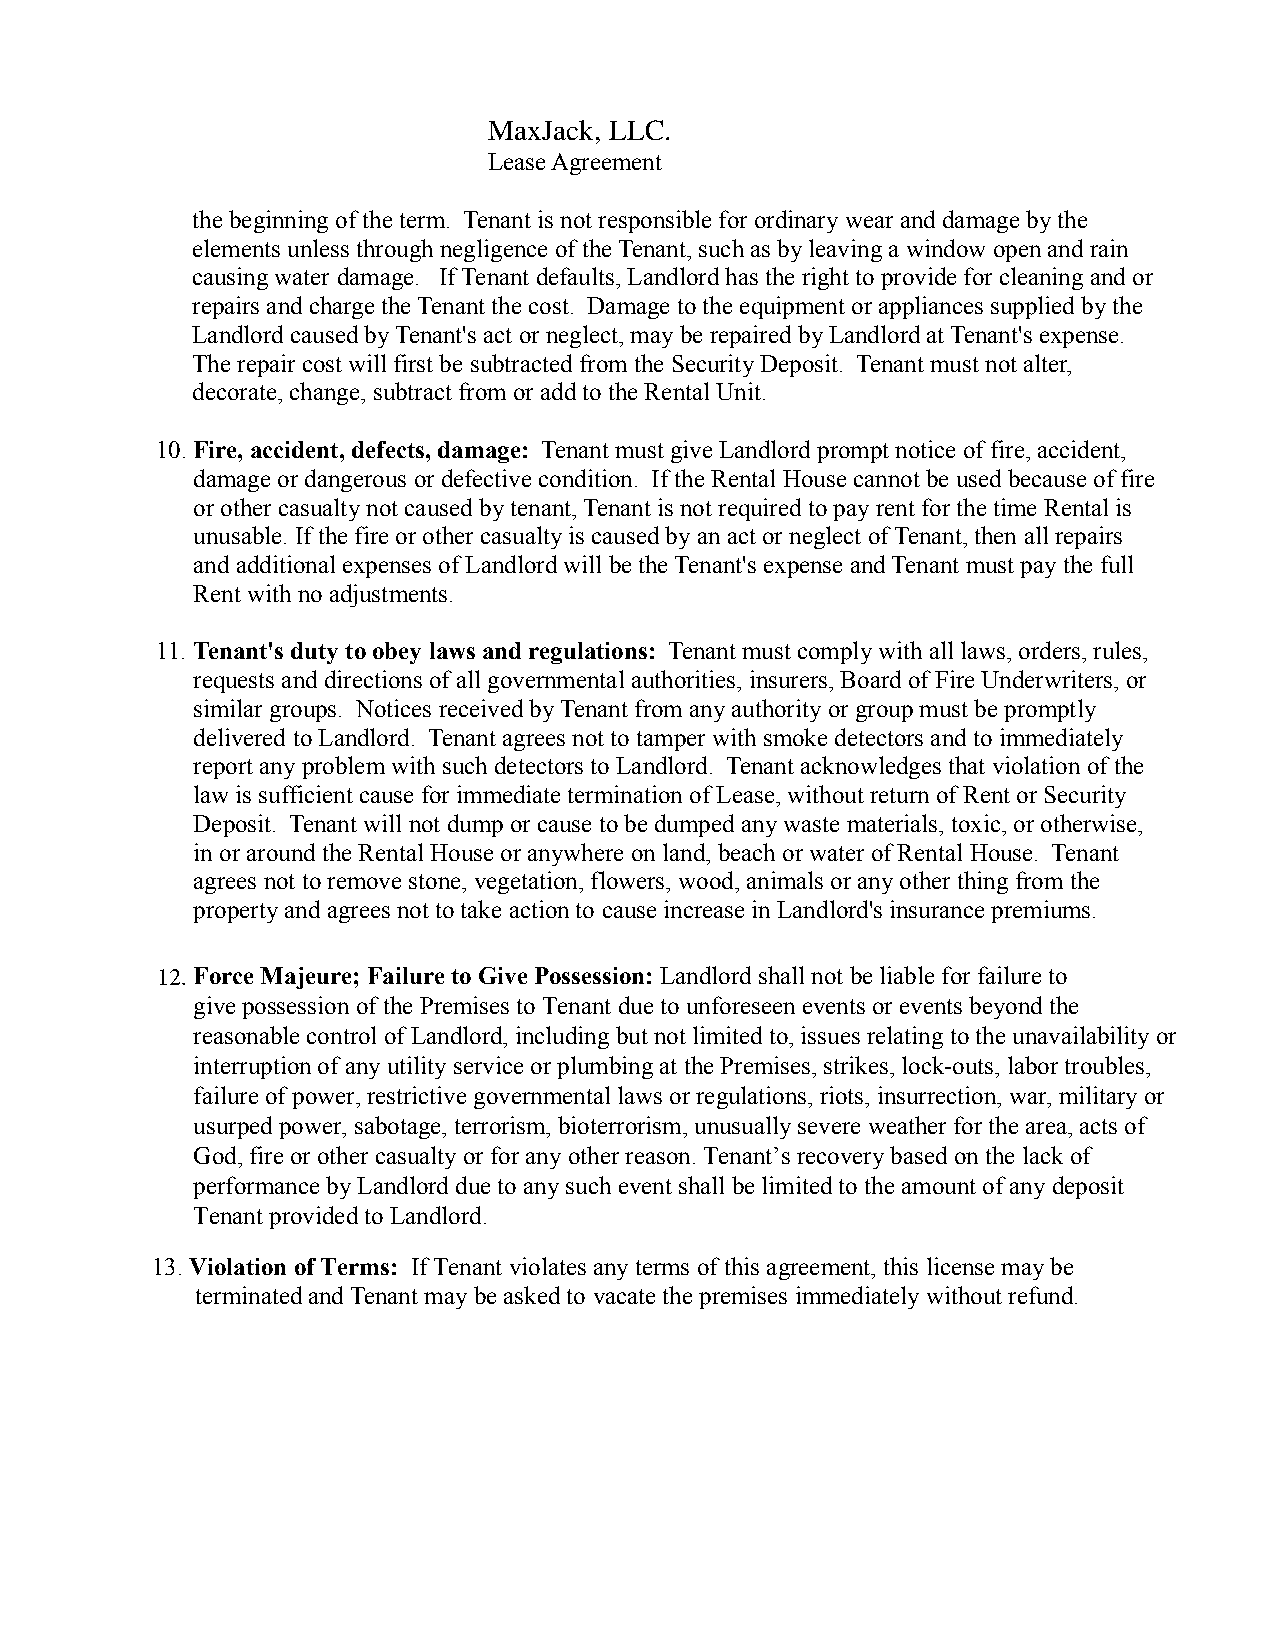
Do All Three, LLC
 Lease Agreement
 the beginning of the term. Tenant is not responsible for ordinary wear and damage by the
 elements unless through negligence of the Tenant, such as by leaving a window open and rain
 causing water damage. If Tenant defaults, Landlord has the right to provide for cleaning and or
 repairs and charge the Tenant the cost. Damage to the equipment or appliances supplied by the
 Landlord caused by Tenant's act or neglect, may be repaired by Landlord at Tenant's expense.
 The repair cost will first be subtracted from the Security Deposit. Tenant must not alter,
 decorate, change, subtract from or add to the Rental Unit.
 10.Fire, accident, defects, damage: Tenant must give Landlord prompt notice of fire, accident,
 damage or dangerous or defective condition. If the Rental House cannot be used because of fire
 or other casualty not caused by tenant, Tenant is not required to pay rent for the time Rental is
 unusable. If the fire or other casualty is caused by an act or neglect of Tenant, then all repairs
 and additional expenses of Landlord will be the Tenant's expense and Tenant must pay the full
 Rent with no adjustments.
 11. Tenant's duty to obey laws and regulations: Tenant must comply with all laws, orders, rules,
 requests and directions of all governmental authorities, insurers, Board of Fire Underwriters, or
 similar groups. Notices received by Tenant from any authority or group must be promptly
 delivered to Landlord. Tenant agrees not to tamper with smoke detectors and to immediately
 report any problem with such detectors to Landlord. Tenant acknowledges that violation of the
 law is sufficient cause for immediate termination of Lease, without return of Rent or Security
 Deposit. Tenant will not dump or cause to be dumped any waste materials, toxic, or otherwise,
 in or around the Rental House or anywhere on land, beach or water of Rental House. Tenant
 agrees not to remove stone, vegetation, flowers, wood, animals or any other thing from the
 property and agrees not to take action to cause increase in Landlord's insurance premiums.
 12. Force Majeure; Failure to Give Possession: Landlord shall not be liable for failure to
 give possession of the Premises to Tenant due to unforeseen events or events beyond the
 reasonable control of Landlord, including but not limited to, issues relating to the unavailability or
 interruption of any utility service or plumbing at the Premises, strikes, lock-outs, labor troubles,
 failure of power, restrictive governmental laws or regulations, riots, insurrection, war, military or
 usurped power, sabotage, terrorism, bioterrorism, unusually severe weather for the area, acts of
 God, fire or other casualty or for any other reason. Tenant’s recovery based on the lack of
 performance by Landlord due to any such event shall be limited to the amount of any deposit
 Tenant provided to Landlord.
 13.Violation of Terms: If Tenant violates any terms of this agreement, this license may be
 terminated and Tenant may be asked to vacate the premises immediately without refund.